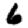
Digit: 6